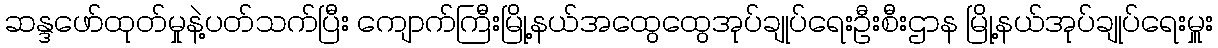
ဆန္ဒဖော်ထုတ်မှုနဲ့ပတ်သက်ပြီး ကျောက်ကြီးမြို့နယ်အထွေထွေအုပ်ချုပ်ရေးဦးစီးဌာန မြို့နယ်အုပ်ချုပ်ရေးမှူး